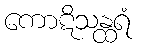
ကောဋိသန္ထရံ